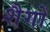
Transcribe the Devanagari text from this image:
शैगों